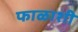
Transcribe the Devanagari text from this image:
फाळाशी